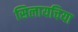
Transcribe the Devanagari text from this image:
सिलायचिया